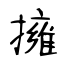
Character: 擁